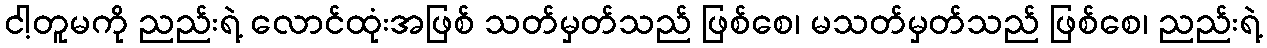
ငါ့တူမကို ညည်းရဲ့ လောင်ထုံးအဖြစ် သတ်မှတ်သည် ဖြစ်စေ၊ မသတ်မှတ်သည် ဖြစ်စေ၊ ညည်းရဲ့